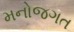
મનોજગત